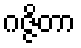
ဂဇ္ဇိတာ